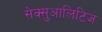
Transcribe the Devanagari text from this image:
सेक्सुआलिटिज